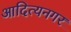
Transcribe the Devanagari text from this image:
आदित्यनगर